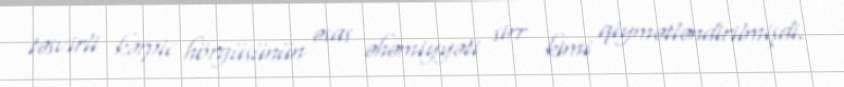
təsvirli kərpic hörgüsünün əsas əhəmiyyəti sirr kimi qiymətləndirilmişdi.